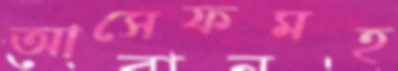
আসেফমহ